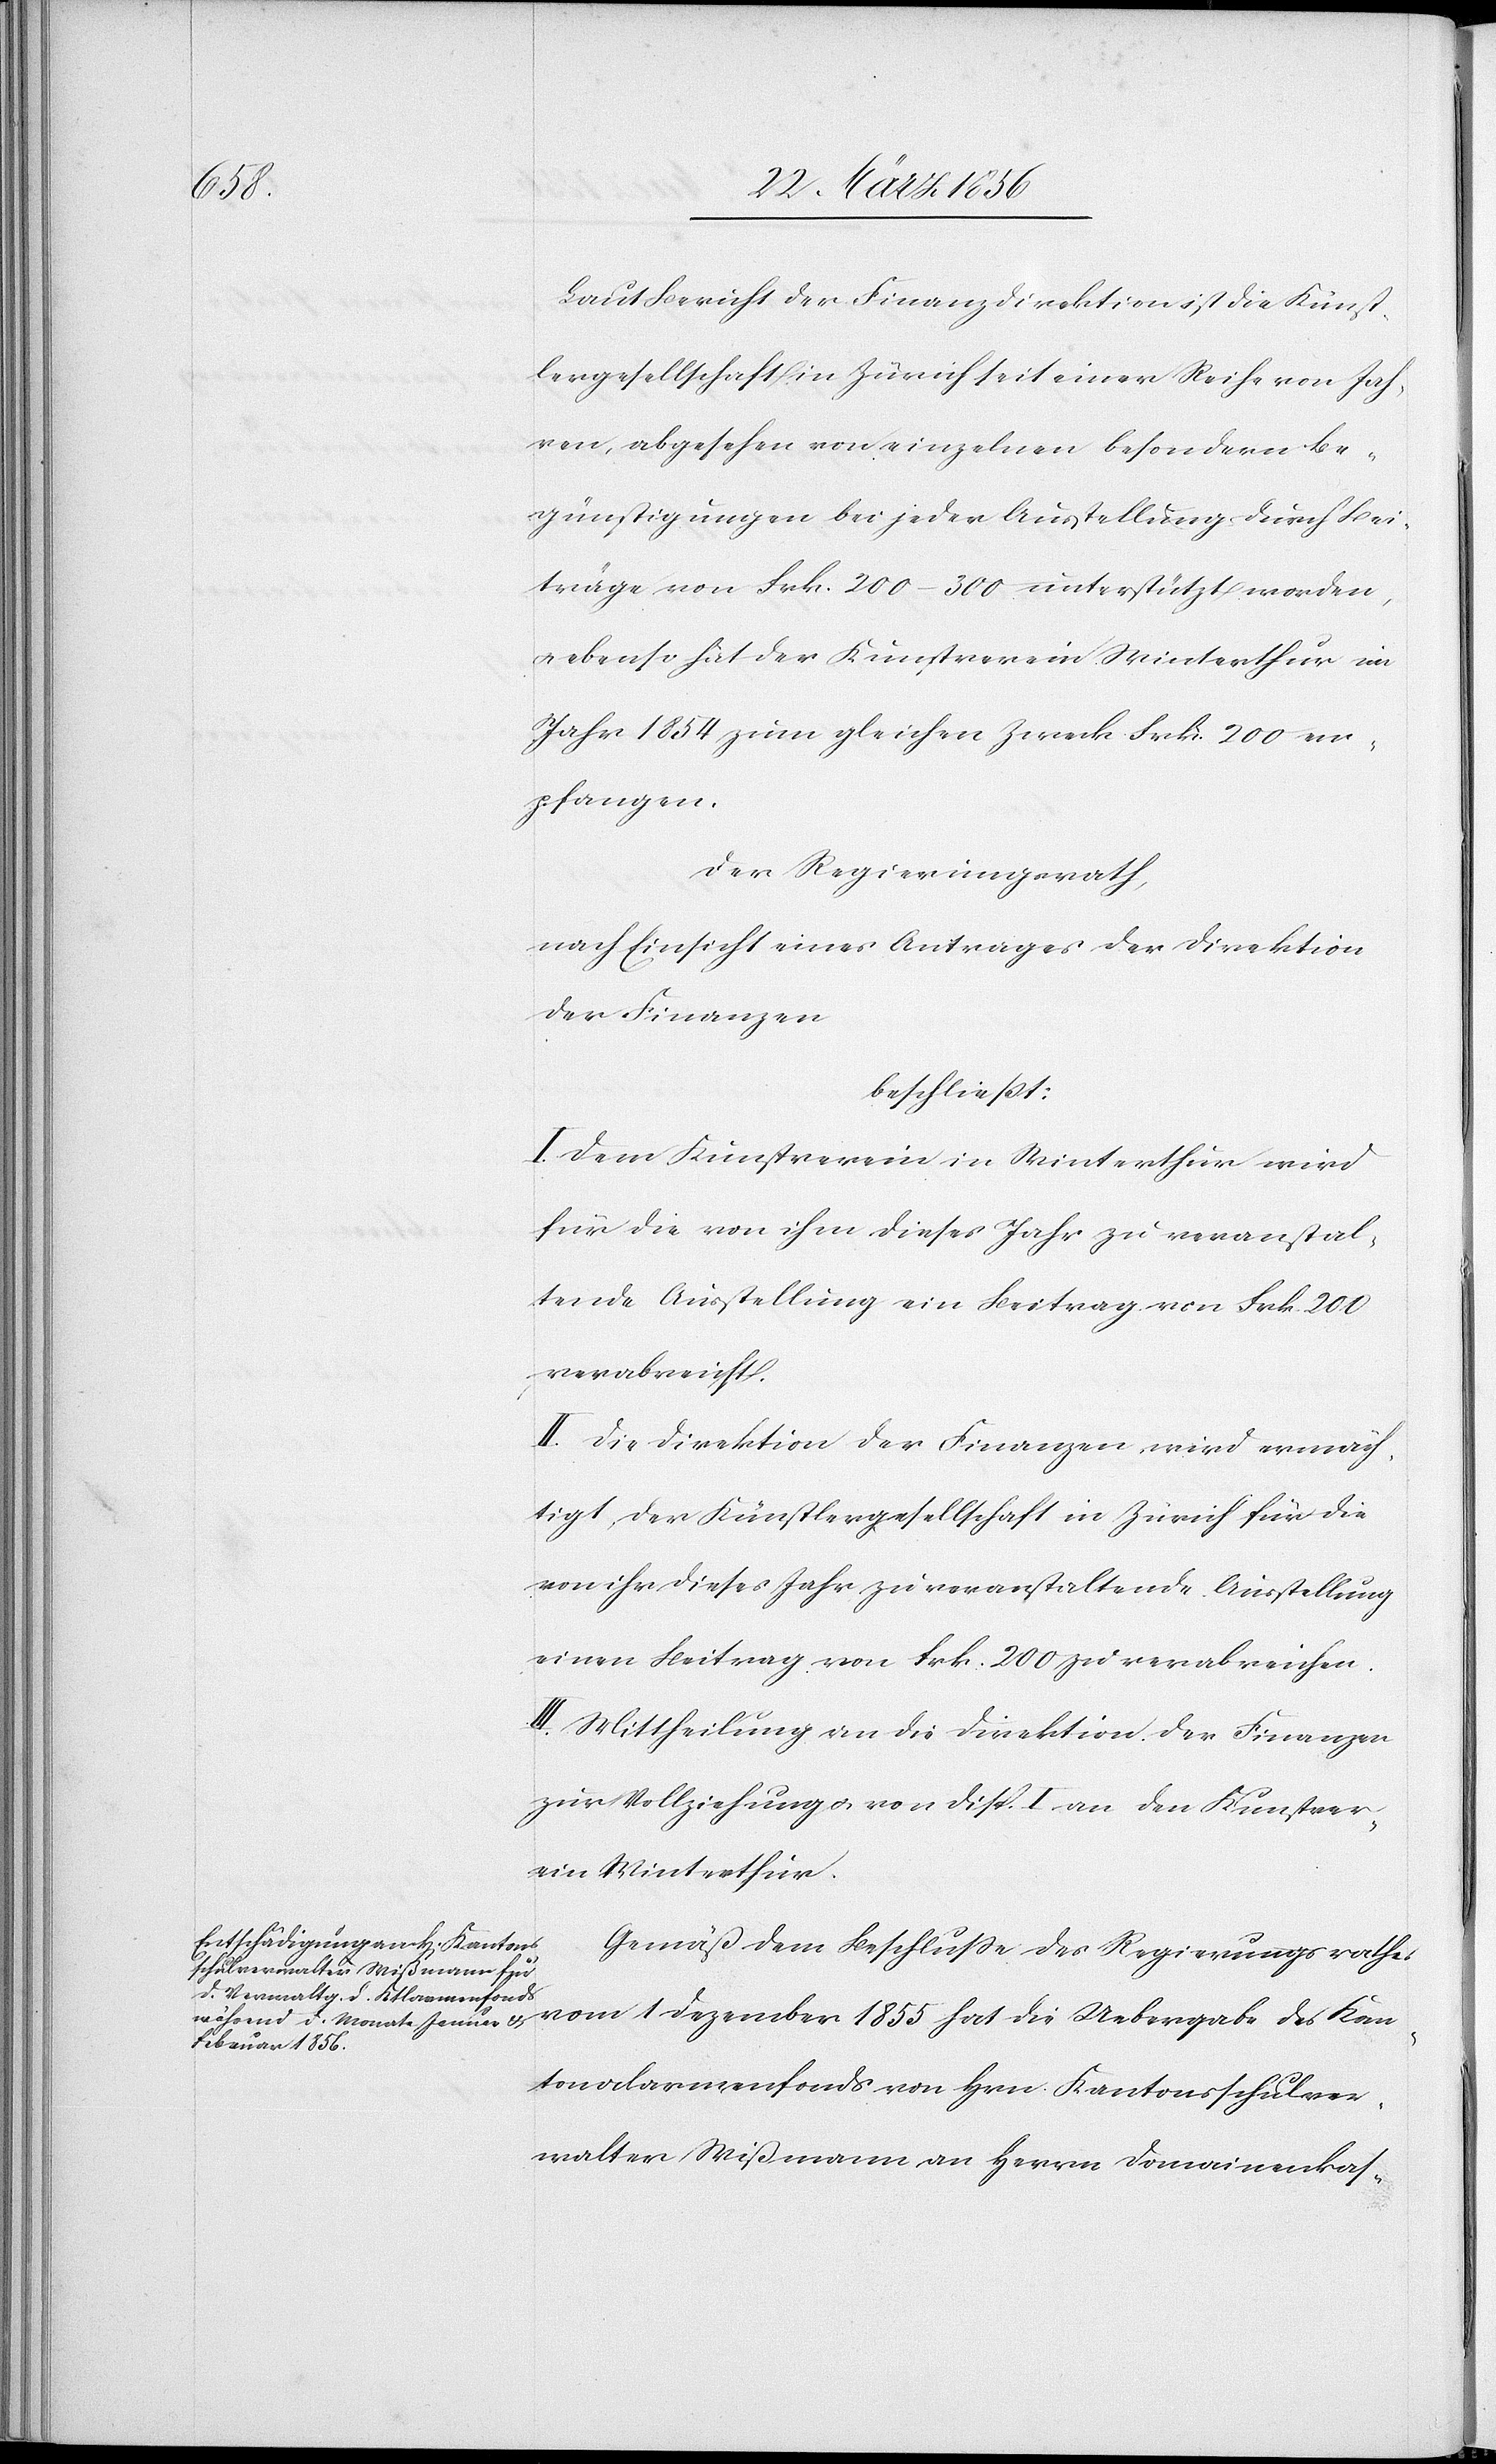
Laut Bericht der Finanzdirektion ist die Künst¬
lergesellschaft in Zürich seit einer Reihe von Jah¬
ren, abgesehen von einzelnen besondern Be¬
günstigungen bei jeder Ausstellung durch Bei¬
träge von Frk. 200–300 unterstützt worden,
ebenso hat der Kunstverein Winterthur im
Jahr 1854 zum gleichen Zweck Frk. 200 em¬
pfangen.
Der Regierungsrath,
nach Einsicht eines Antrages der Direktion
der Finanzen
beschließt:
I. Dem Kunstverein in Winterthur wird
für die von ihm dieses Jahr zu veranstal¬
tende Ausstellung ein Beitrag von Frk. 200
verabreicht.
II. Die Direktion der Finanzen, wird ermäch¬
tigt, der Künstlergesellschaft in Zürich für die
von ihr dieses Jahr zu veranstaltende Ausstellung
einen Beitrag von Frk. 200 zu verabreichen.
III. Mittheilung an die Direktion der Finanzen
zur Vollziehung u. von Disp. I an den Kunstver¬
ein Winterthur.
Gemäß dem Beschluße des Regierungsrathes
vom 1 Dezember 1855 hat die Uebergabe des Kan¬
tonalarmenfonds von Hrn. Kantonsschulver¬
walter Wißmann an Herrn Domainenkas-